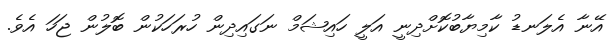
އޭނާ އެލަނޑު ކާމިޔާބުކޮށްދިނީ އަލީ ހައިޝަމް ނަގައިދިން ހުރަހަކުން ބޮލުން ޖަހަ އެވެ.